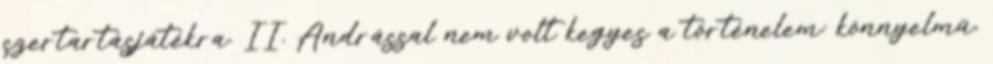
szertartásjátékra. II. Andrással nem volt kegyes a történelem: könnyelmű,